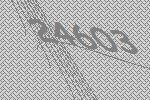
24603